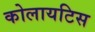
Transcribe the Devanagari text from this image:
कोलायटिस